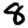
Digit: 8